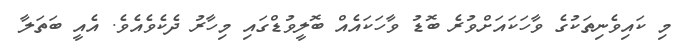
މި ކައިވެނިތަކުގެ ވާހަކައަށްވުރެ ބޮޑު ވާހަކައެއް ބޮލީވުޑްގައި މިހާރު ދެކެވެއެވެ. އެއީ ބަތަލާ